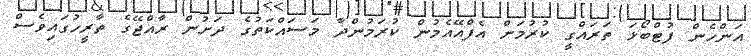
އަންހެން ފުޓްބޯޅަ ތަރައްގީ ކުރުމަށް އެފްއޭއެމުން ކުރަމުންދާ މަސައްކަތުގެ ދަށުން ރާއްޖޭގެ ތާރީހުގައިވެސް